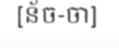
[ន័ច-ចា]